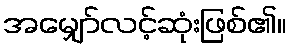
အမျှော်လင့်ဆုံးဖြစ်၏။